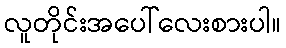
လူတိုင်းအပေါ်လေးစားပါ။